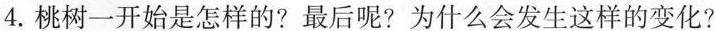
4.桃树一开始是怎样的?最后呢?为什么会发生这样的变化?